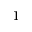
1